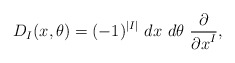
\begin{align*}D_I(x, \theta)= (-1)^{|I|} \ dx \ d\theta \ {\partial\over {\partial x}^I},\end{align*}